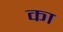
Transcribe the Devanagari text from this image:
का